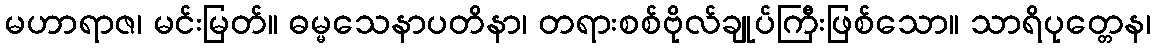
မဟာရာဇ၊ မင်းမြတ်။ ဓမ္မသေနာပတိနာ၊ တရားစစ်ဗိုလ်ချုပ်ကြီးဖြစ်သော။ သာရိပုတ္တေန၊